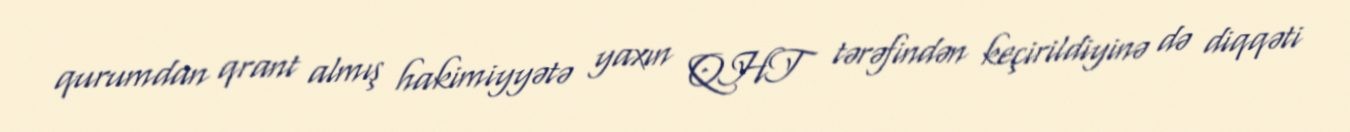
qurumdan qrant almış hakimiyyətə yaxın QHT tərəfindən keçirildiyinə də diqqəti